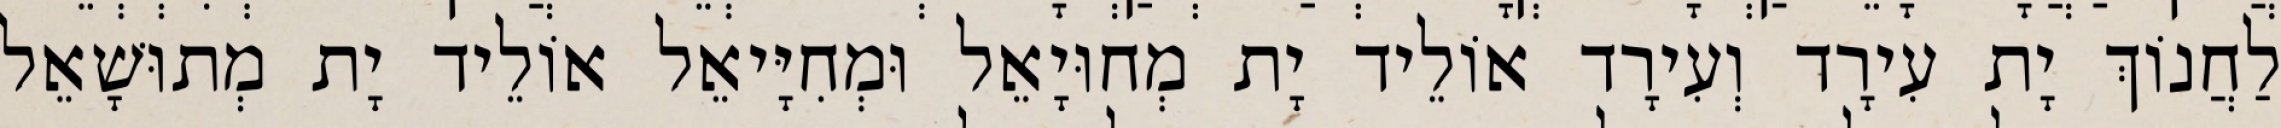
לַחֲנוֹךְ יָת עִירָד וְעִירָד אוֹלֵיד יָת מְחוּיָאֵל וּמְחִיָּיאֵל אוֹלֵיד יָת מְתוּשָׁאֵל